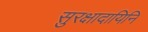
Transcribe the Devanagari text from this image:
सुरक्षादायिनि